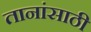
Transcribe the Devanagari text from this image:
तानांसाठी